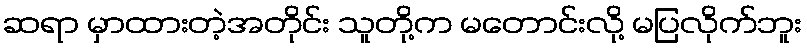
ဆရာ မှာထားတဲ့အတိုင်း သူတို့က မတောင်းလို့ မပြလိုက်ဘူး